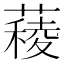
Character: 薐